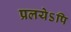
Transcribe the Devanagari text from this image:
प्रलयेऽपि